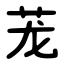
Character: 茏